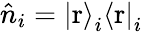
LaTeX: \hat{n}_{i}=\left|\mathrm{r}\right\rangle_{i}\left\langle\mathrm{r}\right|_{i}